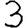
Digit: 3